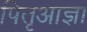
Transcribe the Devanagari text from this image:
पितृआज्ञा